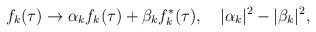
LaTeX: \begin{align*} f_k(\tau) \to \alpha_k f_k(\tau)+\beta_k f_k^*(\tau), \hspace{1em} |\alpha_k|^2-|\beta_k|^2,\end{align*}